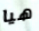
هيا